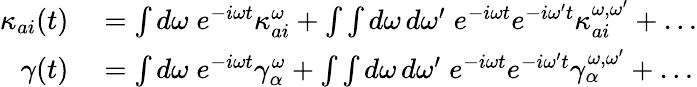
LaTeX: \begin{array}{rl}{\kappa_{ai}(t)}&{{}=\int d\omega\; e^{-i\omega t}\kappa_{ai}^{\omega}+\int\int d\omega\, d\omega^{\prime}\; e^{-i\omega t}e^{-i\omega^{\prime}t}\kappa_{ai}^{\omega,\omega^{\prime}}+\dots}\\ {\gamma(t)}&{{}=\int d\omega\; e^{-i\omega t}\gamma_{\alpha}^{\omega}+\int\int d\omega\, d\omega^{\prime}\; e^{-i\omega t}e^{-i\omega^{\prime}t}\gamma_{\alpha}^{\omega,\omega^{\prime}}+\dots}\end{array}